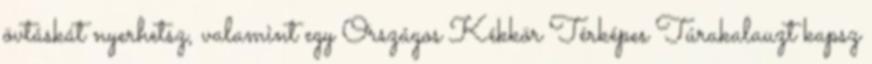
övtáskát nyerhetsz, valamint egy Országos Kékkör Térképes Túrakalauzt kapsz